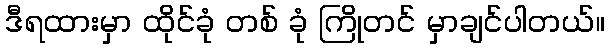
ဒီရထားမှာ ထိုင်ခုံ တစ် ခုံ ကြိုတင် မှာချင်ပါတယ်။